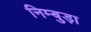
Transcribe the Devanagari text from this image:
निम्बुड़ा